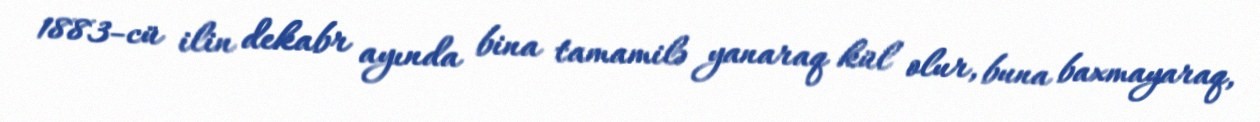
1883-cü ilin dekabr ayında bina tamamilə yanaraq kül olur, buna baxmayaraq,